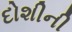
દોશીની